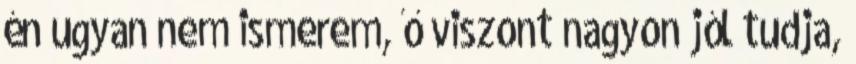
én ugyan nem ismerem, ő viszont nagyon jól tudja,